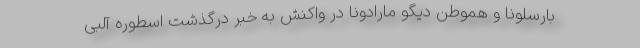
بارسلونا و هموطن دیگو مارادونا در واکنش به خبر درگذشت اسطوره آلبی